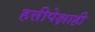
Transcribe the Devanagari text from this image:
हत्तीपेक्षाही